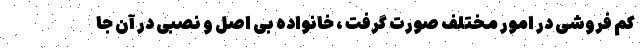
کم فروشی در امور مختلف صورت گرفت ، خانواده بی اصل و نصبی در آن جا